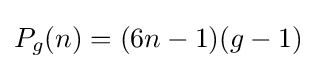
P_{g}(n)=(6n-1)(g-1)